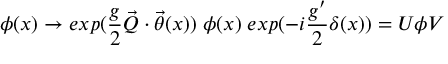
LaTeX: \phi ( x ) \rightarrow e x p ( \frac { g } { 2 } \vec { Q } \cdot \vec { \theta } ( x ) ) \; \phi ( x ) \; e x p ( - i \frac { g ^ { \prime } } { 2 } \delta ( x ) ) = U \phi V